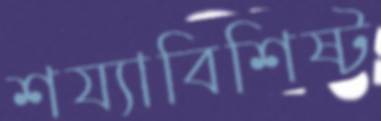
শয্যাবিশিষ্ট